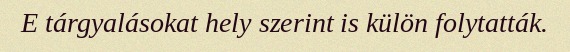
E tárgyalásokat hely szerint is külön folytatták.